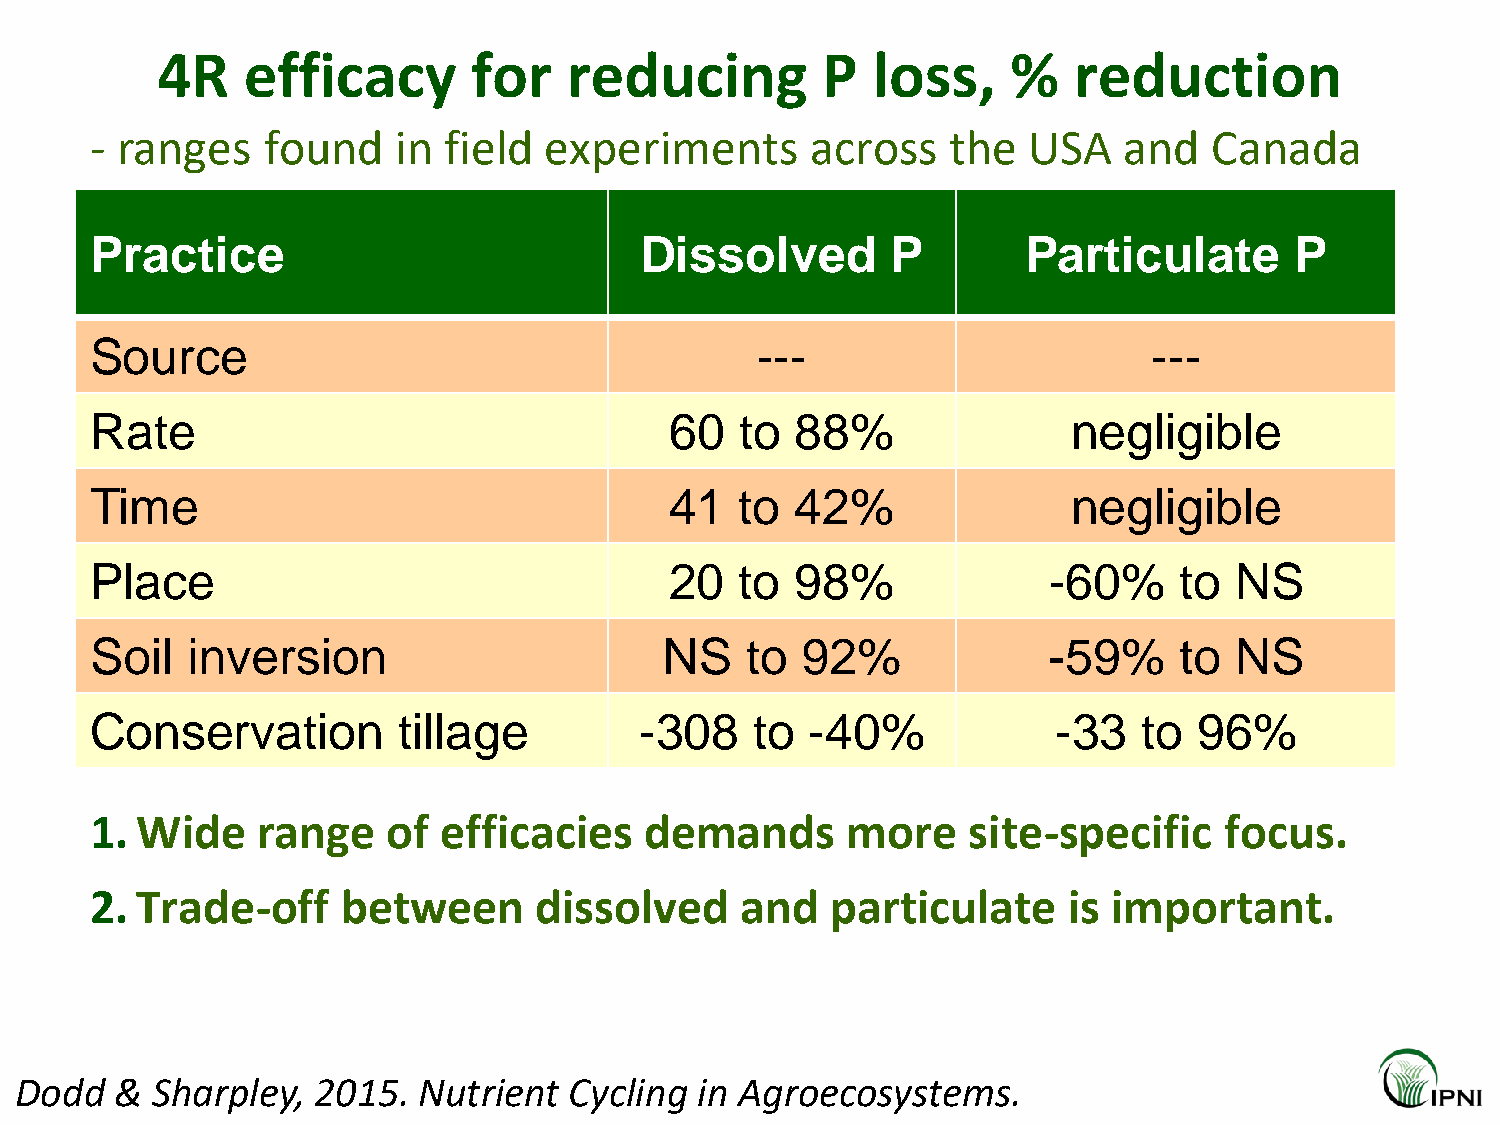
4R    efficacy       for    reducing        P   loss,    %   reduction
 - ranges   found    in field  experiments       across   the  USA   and   Canada
 Practice                            Dissolved        P        Particulate       P
 Source                                      ---                       ---
 Rate                                  60   to  88%               negligible
 Time                                  41   to  42%               negligible
 Place                                 20   to  98%             -60%     to  NS
 Soil  inversion                       NS   to  92%             -59%     to  NS
 Conservation        tillage         -308    to  -40%            -33   to 96%
 1. Wide    range    of efficacies    demands      more    site-specific    focus.
 2. Trade-off     between     dissolved     and   particulate     is important.
 Dodd   & Sharpley,  2015.  Nutrient  Cycling in Agroecosystems.